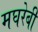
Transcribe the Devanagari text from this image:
मघरेबी